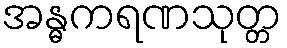
အန္ဓကရဏသုတ္တ